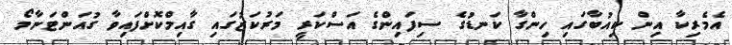
އެމެރިކާ އިން ކިއުބާގައި ހިންގާ ކަނޑުގެ ސިފައިންގެ އަސްކަރީ މަރުކަޒުގައި ގާއިމްކޮށްފައިވާ ގުއަންޓަނާމޯ